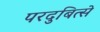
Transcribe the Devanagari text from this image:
परदुबित्से